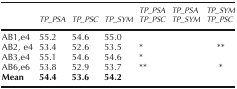
<table><thead><tr><td></td><td></td><td></td><td></td><td><b>TP_PSA</b></td><td><b>TP_PSA</b></td><td><b>TP_SYM</b></td></tr><tr><td></td><td><b>TP_PSA</b></td><td><b>TP_PSC</b></td><td><b>TP_SYM</b></td><td><b>TP_PSC</b></td><td><b>TP_SYM</b></td><td><b>TP_PSC</b></td></tr></thead><tbody><tr><td>AB1,e4</td><td>55.2</td><td>54.6</td><td>55.0</td><td></td><td></td><td></td></tr><tr><td>AB2, e4</td><td>53.4</td><td>52.6</td><td>53.5</td><td>*</td><td></td><td>**</td></tr><tr><td>AB3,e4</td><td>55.1</td><td>54.6</td><td>54.6</td><td>*</td><td></td><td></td></tr><tr><td>AB6,e6</td><td>53.8</td><td>52.9</td><td>53.7</td><td>**</td><td></td><td>*</td></tr><tr><td><b>Mean</b></td><td><b>54.4</b></td><td><b>53.6</b></td><td><b>54.2</b></td><td></td><td></td><td></td></tr></tbody></table>